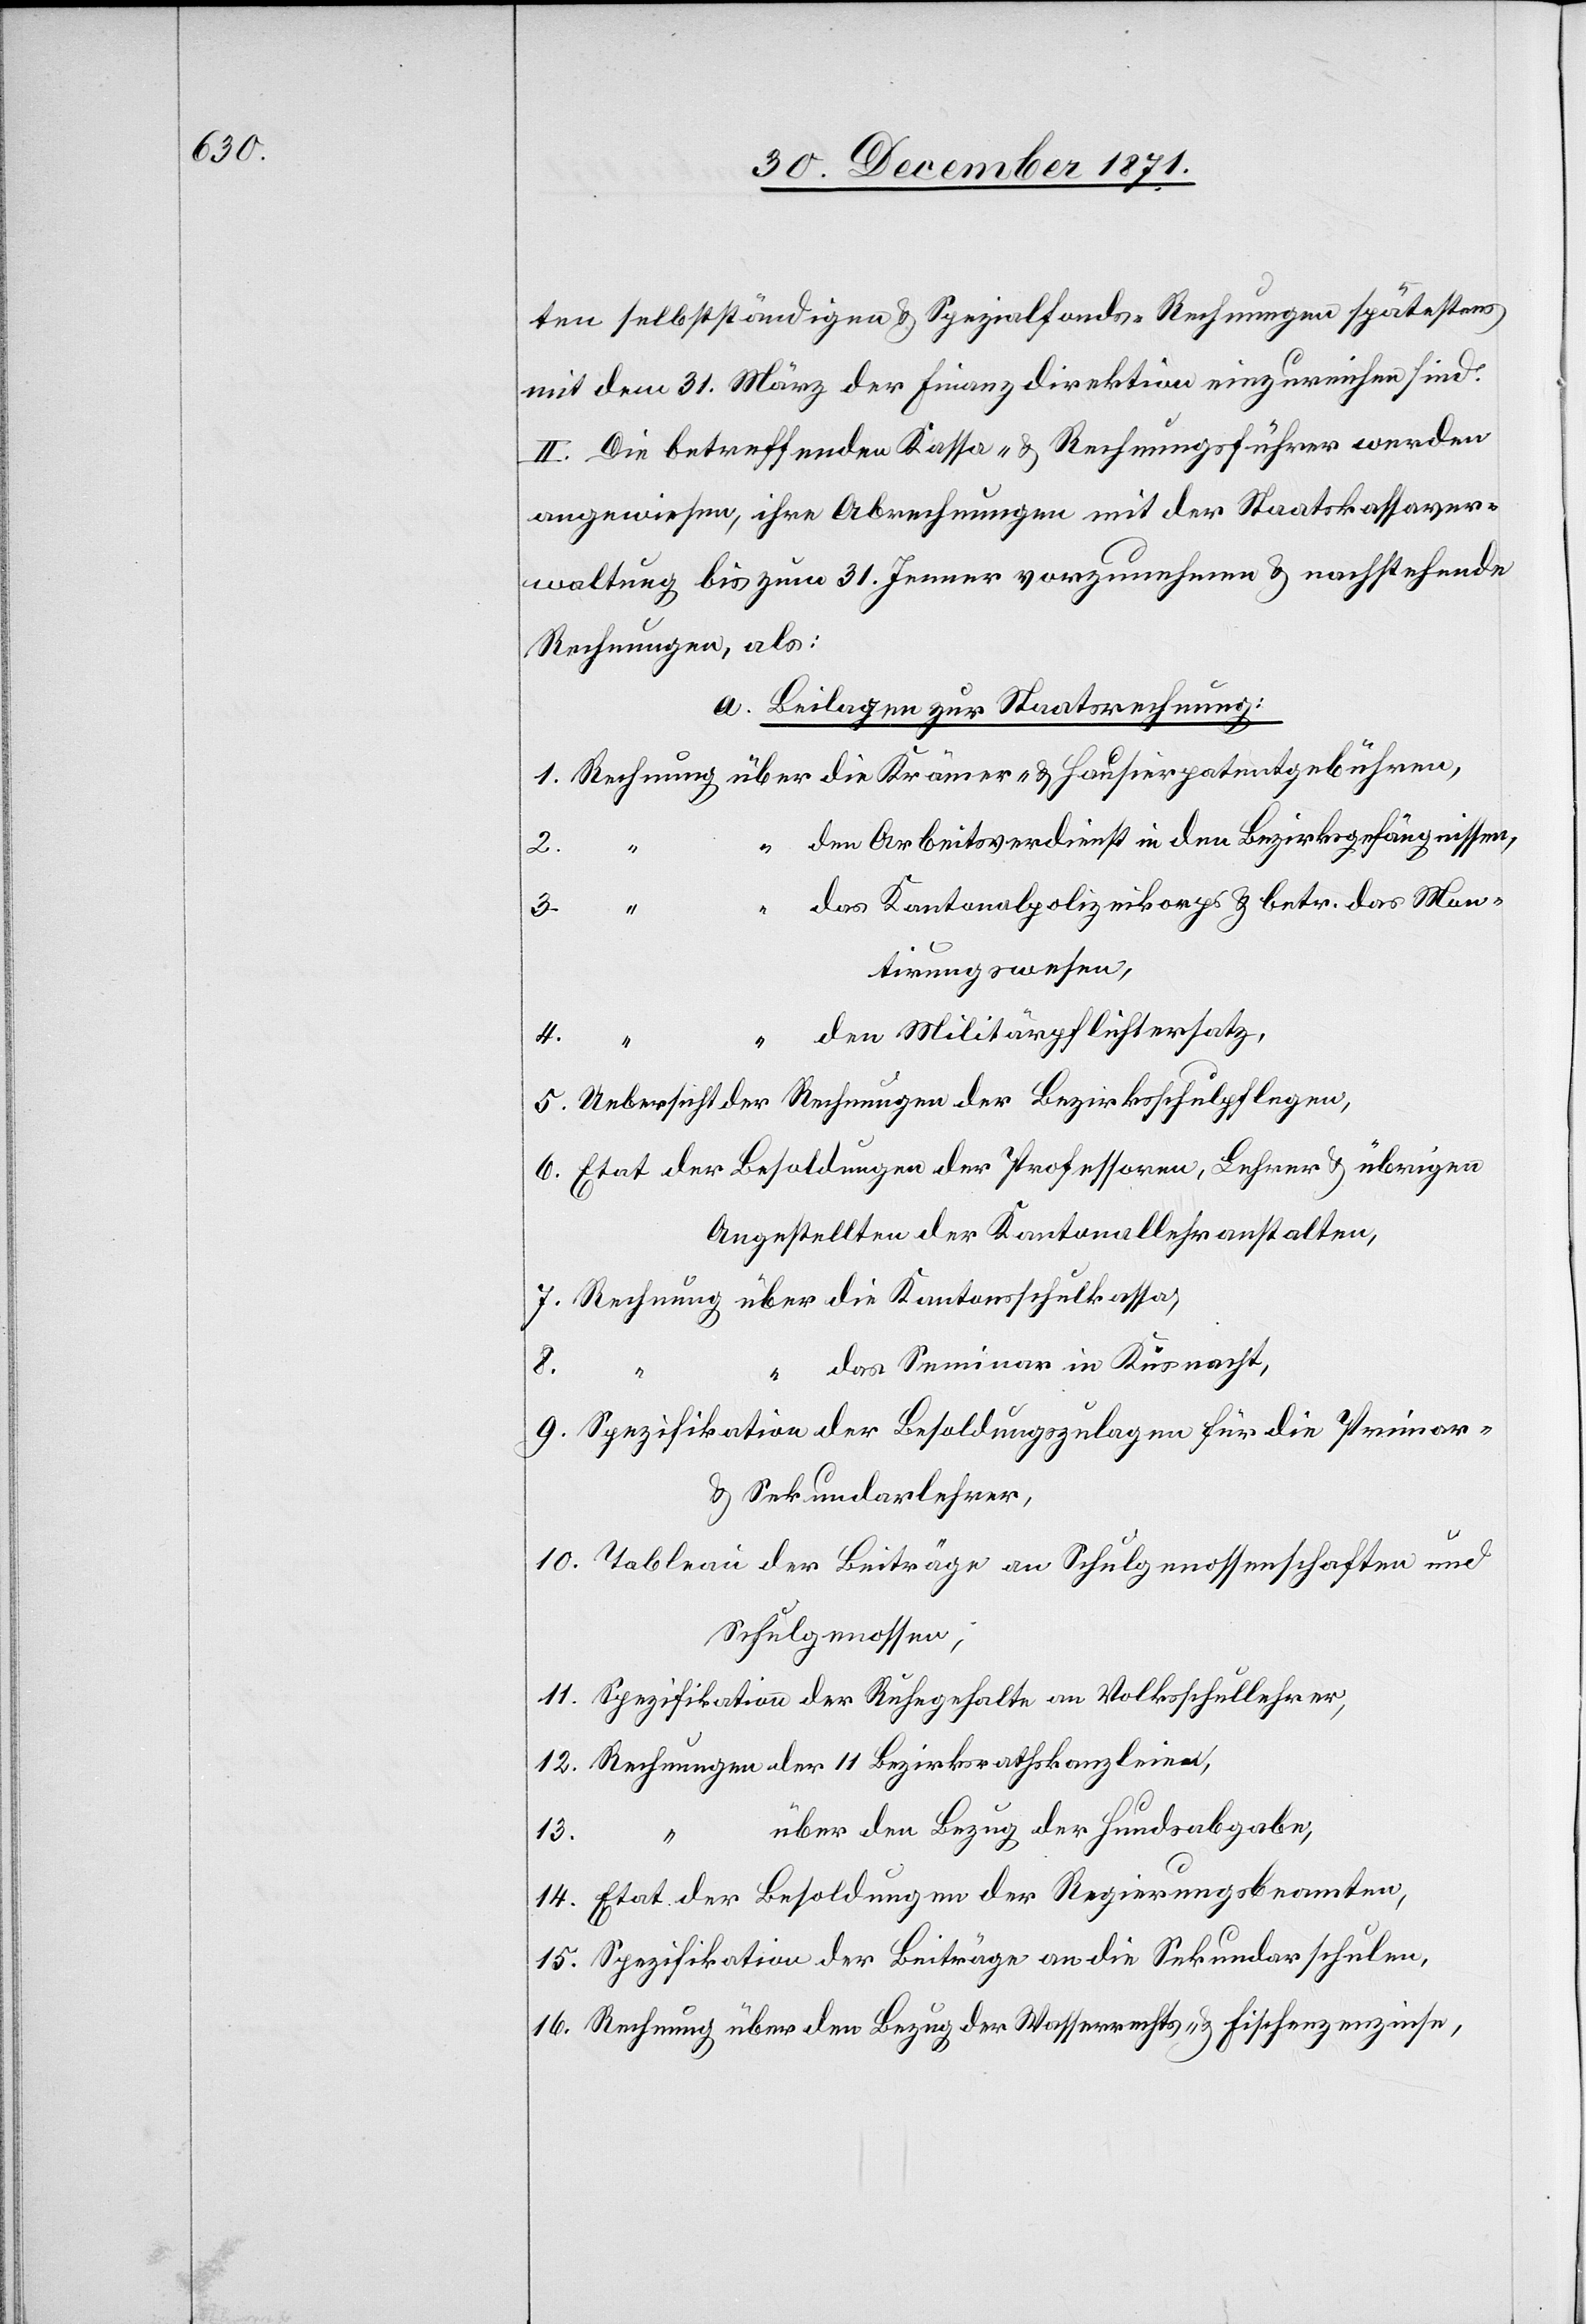
ten selbstständigen & Spezialfonds-Rechnungen spätestens
mit dem 31. März der Finanzdirektion einzureichen sind.
II. Die betreffenden Kassa- & Rechnungsführer werden
angewiesen, ihre Abrechnungen mit der Staatskassaver¬
waltung bis zum 31. Jenner vorzunehmen & nachstehende
Rechnungen, als:
a. Beilagen zur Staatsrechnung:
1. Rechnung über die Krämer- & Hausierpatentgebühren,
“ den Arbeitsverdienst in den Bezirksgefängnissen,
3.
“ den Kantonalpolizeikorps & betr. das Mon¬
tirungswesen,
den Militärpflichtersatz.
4.
“
5. Uebersicht der Rechnungen der Bezirksschulpflege,
6. Etat der Besoldungen der Professoren, Lehrer & übrigen
Angestellten der Kantonallehranstalten,
7. Rechnung über die Kantonsschulkassas
“ das Seminar in Küsnacht,
8.
9. Spezifikation der Besoldungszulagen für die Primar-
& Sekundarlehrer,
10. Tableau der Beiträge an Schulgenossenschaften und
Schulgenossen,
11. Spezifikation der Ruhegehalte an Volksschullehrer,
12. Rechnungen der 11 Bezirksrathskanzleien,
über den Bezug der Hundsabgabe,
13.
14. Etat der Besoldungen der Regierungsbeamten,
15. Spezifikation der Beiträge an die Sekundarschulen,
16. Rechnung über den Bezug der Wasserrechts- & Fischenzenzinsen,